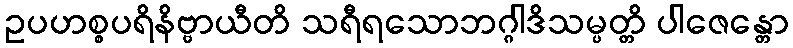
ဥပဟစ္စပရိနိဗ္ဗာယီတိ သရီရသောဘဂ္ဂါဒိသမ္ပတ္တိ ပါဇေန္တော